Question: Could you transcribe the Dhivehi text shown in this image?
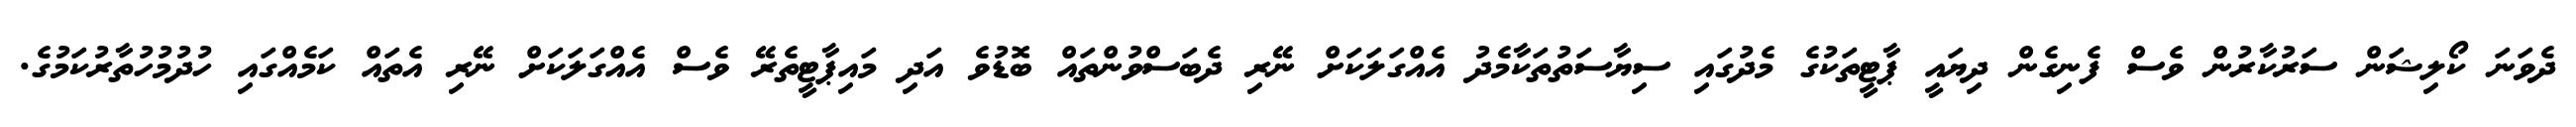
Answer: ދެވަނަ ކޯލިޝަން ސަރުކާރުން ވެސް ފެނިގެން ދިޔައީ ޕާޓީތަކުގެ މެދުގައި ސިޔާސަތުތަކާމެދު އެއްގަލަކަށް ނޭރި ދެބަސްވުންތައް ބޮޑުވެ އަދި މައިޕާޓީތެރޭ ވެސް އެއްގަލަކަށް ނޭރި އެތައް ކަމެއްގައި ހުދުމުހުތާރުކަމުގެ.